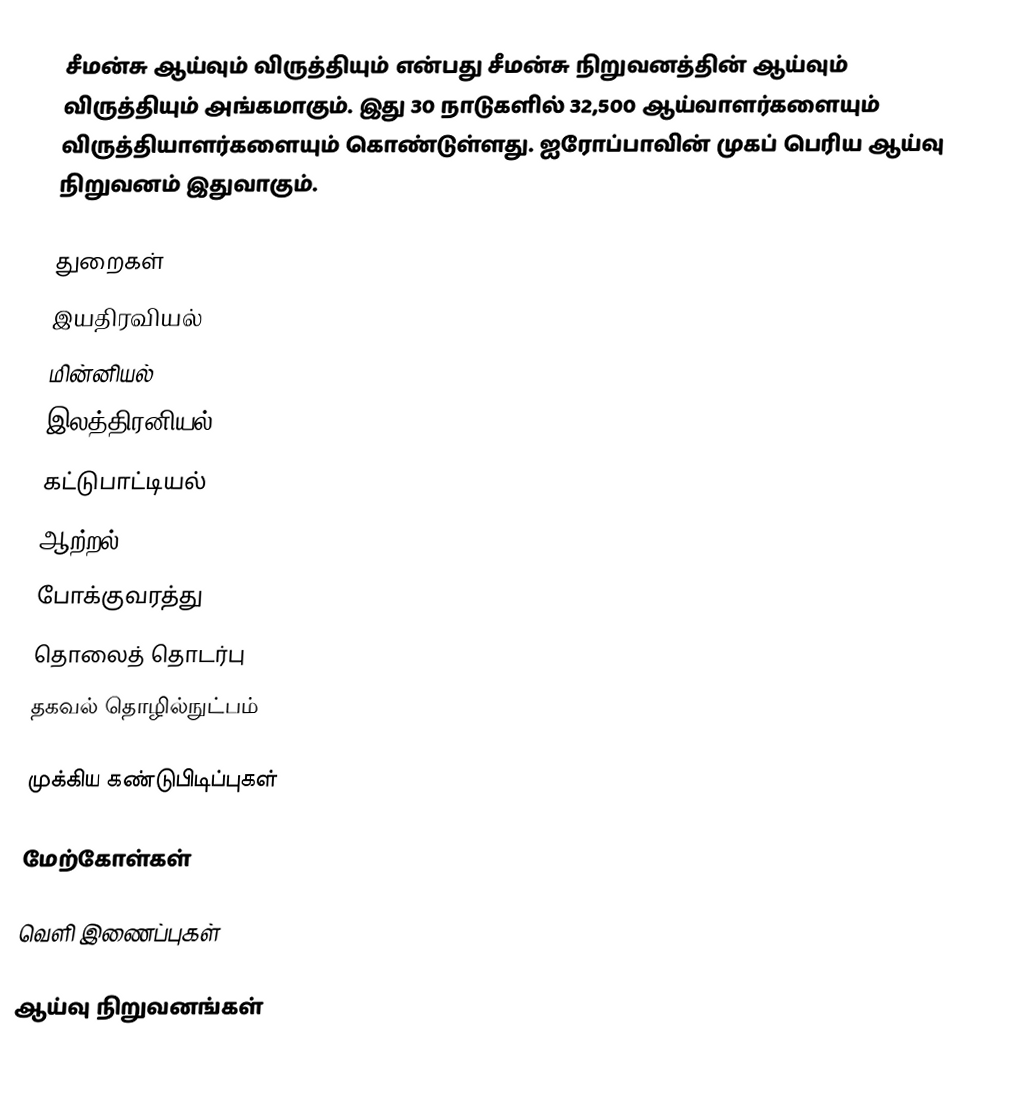
சீமன்சு ஆய்வும் விருத்தியும் என்பது சீமன்சு நிறுவனத்தின் ஆய்வும் விருத்தியும் அங்கமாகும்.  இது 30 நாடுகளில் 32,500 ஆய்வாளர்களையும் விருத்தியாளர்களையும் கொண்டுள்ளது.  ஐரோப்பாவின் முகப் பெரிய ஆய்வு நிறுவனம் இதுவாகும்.

துறைகள்
 இயதிரவியல்
 மின்னியல்
 இலத்திரனியல்
 கட்டுபாட்டியல்
 ஆற்றல்
 போக்குவரத்து
 தொலைத் தொடர்பு
 தகவல் தொழில்நுட்பம்

முக்கிய கண்டுபிடிப்புகள்

மேற்கோள்கள்

வெளி இணைப்புகள்

ஆய்வு நிறுவனங்கள்